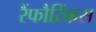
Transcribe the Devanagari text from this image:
रैंफौरिंकस